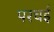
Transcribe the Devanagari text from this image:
परचई